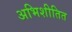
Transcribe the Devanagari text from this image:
अभिशीतित